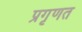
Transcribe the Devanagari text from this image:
प्रगृणत